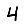
Digit: 4